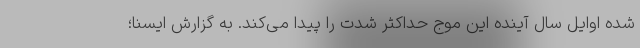
شده اوایل سال آینده این موج حداکثر شدت را پیدا می‌کند. به گزارش ایسنا؛